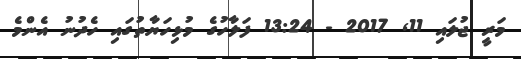
މަރީ ޖުލައި 11